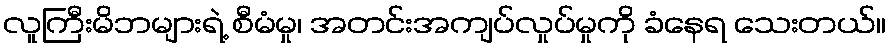
လူကြီးမိဘများရဲ့ စီမံမှု၊ အတင်းအကျပ်လှုပ်မှုကို ခံနေရ သေးတယ်။